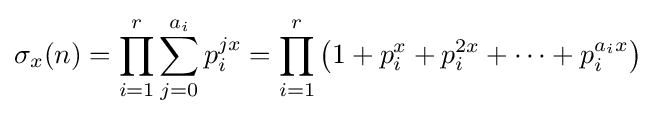
\sigma _{x}(n)=\prod _{i=1}^{r}\sum _{j=0}^{a_{i}}p_{i}^{jx}=\prod _{i=1}^{r}\left(1+p_{i}^{x}+p_{i}^{2x}+\cdots +p_{i}^{a_{i}x}\right)